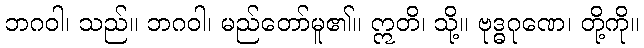
ဘဂဝါ၊ သည်။ ဘဂဝါ၊ မည်တော်မူ၏။ ဣတိ၊ သို့။ ဗုဒ္ဓဂုဏေ၊ တို့ကို။